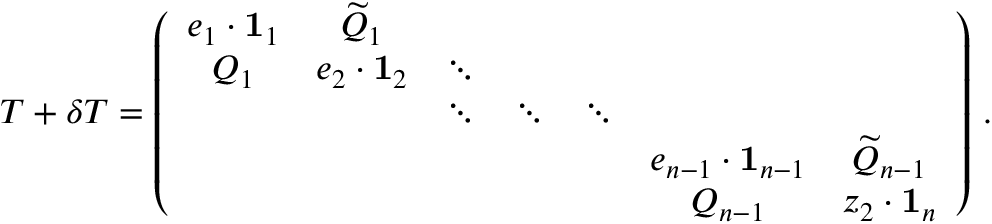
T + \delta T = \left( \begin{array} { c c c c c c c } { e _ { 1 } \cdot \mathbf { 1 } _ { 1 } } & { \widetilde { Q } _ { 1 } } & & & & \\ { Q _ { 1 } } & { e _ { 2 } \cdot \mathbf { 1 } _ { 2 } } & { \ddots } & & & \\ & & { \ddots } & { \ddots } & { \ddots } & & \\ & & & & & { e _ { n - 1 } \cdot \mathbf { 1 } _ { n - 1 } } & { \widetilde { Q } _ { n - 1 } } \\ & & & & & { Q _ { n - 1 } } & { z _ { 2 } \cdot \mathbf { 1 } _ { n } } \end{array} \right) \, .